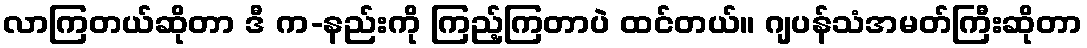
လာကြတယ်ဆိုတာ ဒီ က-နည်းကို ကြည့်ကြတာပဲ ထင်တယ်။ ဂျပန်သံအမတ်ကြီးဆိုတာ